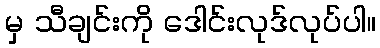
မှ သီချင်းကို ဒေါင်းလုဒ်လုပ်ပါ။